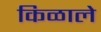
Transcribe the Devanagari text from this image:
किळाले